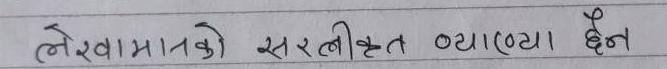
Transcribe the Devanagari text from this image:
लेखामानको सरलीकृत व्याख्या ऐन